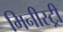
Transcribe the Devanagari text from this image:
मिनीस्‍ट्री